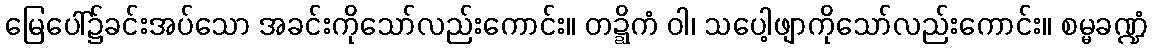
မြေပေါ်၌ခင်းအပ်သော အခင်းကိုသော်လည်းကောင်း။ တဍ္ဍိကံ ဝါ၊ သပေါ့ဖျာကိုသော်လည်းကောင်း။ စမ္မခဏ္ဍံ